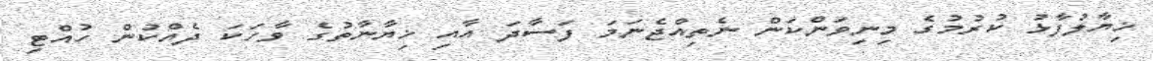
ޚިޔާލުފާޅު ކުރުމުގެ މިނިވަންކަން ނެތިއްޖެނަމަ ފަސާދަ އާއި ޚިޔާނާތުގެ ވާހަކަ ދެއްކުން ހުއްޓި